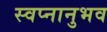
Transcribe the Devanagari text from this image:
स्वप्नानुभव